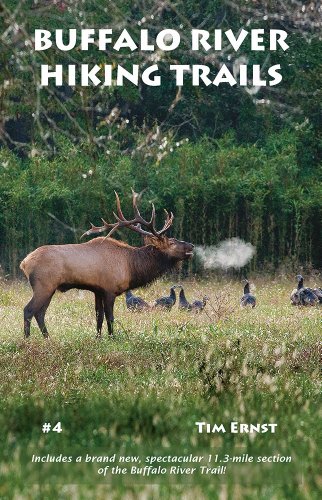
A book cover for Buffalo River Hiking Trails; Tim Ernst; Science & Math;